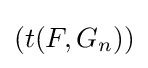
\left(t(F,G_{n})\right)